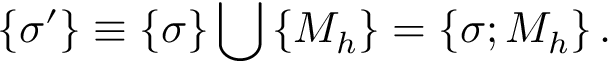
\left\{ \sigma ^ { \prime } \right\} \equiv \left\{ \sigma \right\} \bigcup \left\{ M _ { h } \right\} = \left\{ \sigma ; M _ { h } \right\} .